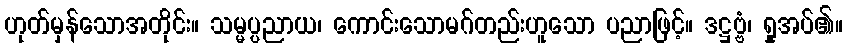
ဟုတ်မှန်သောအတိုင်း။ သမ္မပ္ပညာယ၊ ကောင်းသောမဂ်တည်းဟူသော ပညာဖြင့်။ ဒဋ္ဌဗ္ဗံ၊ ရှုအပ်၏။